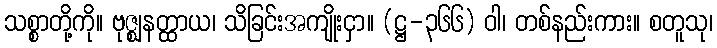
သစ္စာတို့ကို။ ဗုဇ္ဈနတ္ထာယ၊ သိခြင်းအကျိုးငှာ။ (ဋ္ဌ-၃၆၆) ဝါ၊ တစ်နည်းကား။ စတူသု၊